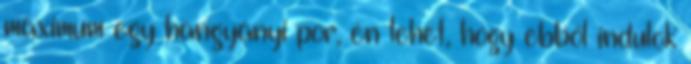
maximum egy hangyányi por, én lehet, hogy ebből indulok